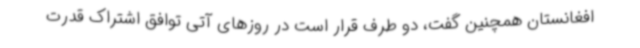
افغانستان همچنین گفت، دو طرف قرار است در روزهای آتی توافق اشتراک قدرت